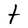
Character: t